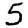
Digit: 5